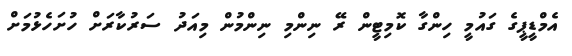
އެމްޑީޕީގެ ގައުމީ ހިންގާ ކޮމިޓީން ރޭ ނިންމި ނިންމުން މިއަދު ސަރުކާރަށް ހުށަހެޅުމަށް